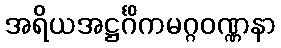
အရိယအဋ္ဌင်္ဂိကမဂ္ဂဝဏ္ဏနာ